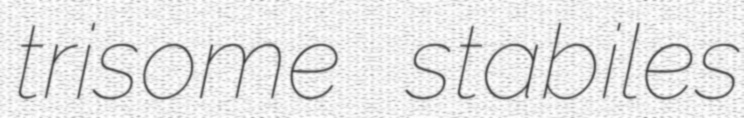
trisome stabiles